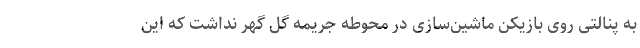
به پنالتی روی بازیکن ماشین‌سازی در محوطه جریمه گل گهر نداشت که این